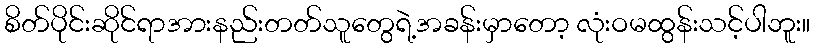
စိတ်ပိုင်းဆိုင်ရာအားနည်းတတ်သူတွေရဲ့အခန်းမှာတော့ လုံးဝမထွန်းသင့်ပါဘူး။